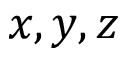
x , y , z